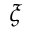
\xi